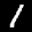
Label: 1